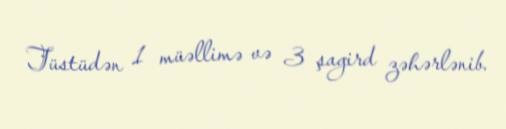
Tüstüdən 1 müəllimə və 3 şagird zəhərlənib.